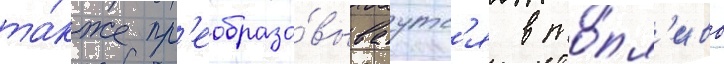
та́кже пр'еобразо́вываутс'я в то́пл'иво